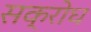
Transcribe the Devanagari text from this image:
सक्रोध